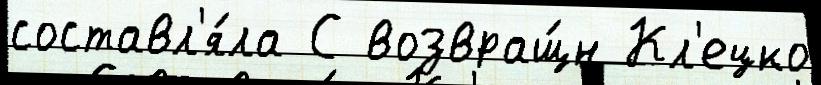
составл'я́ла С возвращ́н Кл'ецко